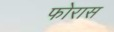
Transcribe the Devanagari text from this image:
फोरास